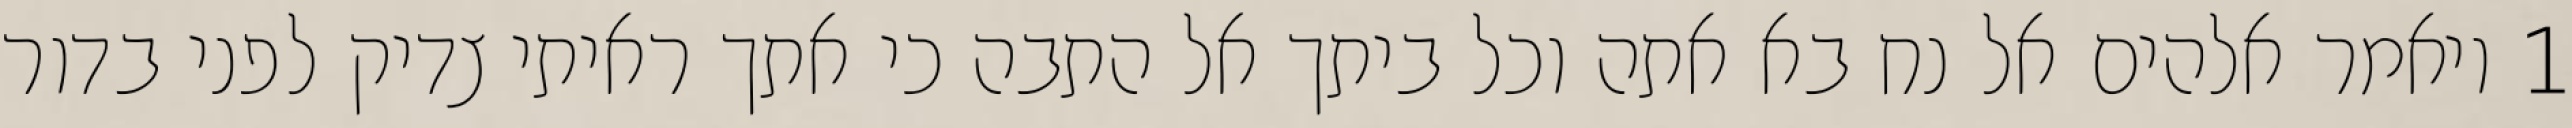
1 ויאמר אלהים אל נח בא אתה וכל ביתך אל התבה כי אתך ראיתי צדיק לפני בדור